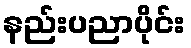
နည်းပညာပိုင်း